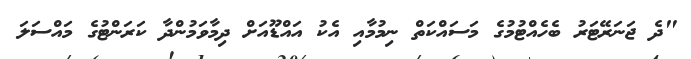
"ދެ ޖަނަރޭޓަރު ބެހެއްޓުމުގެ މަސައްކަތް ނިމުމާއި އެކު އައްޑޫއަށް ދިމާވަމުންދާ ކަރަންޓުގެ މައްސަލަ